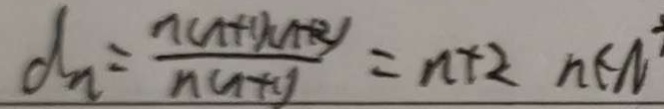
d _ { n } = \frac { n ( n + 1 ) ( n + 2 ) } { n ( n + 1 ) } = n + 2 n n \in M